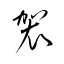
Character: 袈